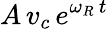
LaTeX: A\, v_{c}\, e^{\omega_{R}\, t}